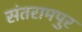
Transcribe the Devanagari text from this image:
संतरामपुर